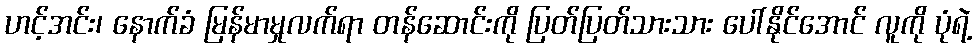
ဟင့်အင်း၊ နောက်ခံ မြန်မာမှုလက်ရာ တန်ဆောင်းကို ပြတ်ပြတ်သားသား ပေါ်နိုင်အောင် လူကို ပုံရဲ့